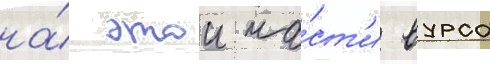
на́ этои ча́ст'и вурса